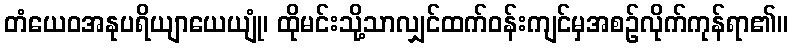
တံယေဝအနုပရိယျာယေယျုံ၊ ထိုမင်းသို့သာလျှင်ထက်ဝန်းကျင်မှအစဉ်လိုက်ကုန်ရာ၏။